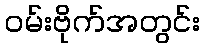
ဝမ်းဗိုက်အတွင်း